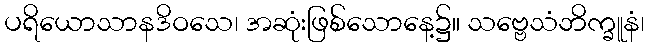
ပရိယောသာနဒိဝသေ၊ အဆုံးဖြစ်သောနေ့၌။ သဗ္ဗေသံဘိက္ခူနံ၊